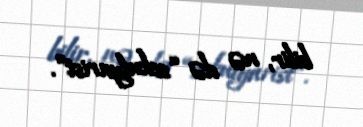
bilir, nə də “sekulyarist”.